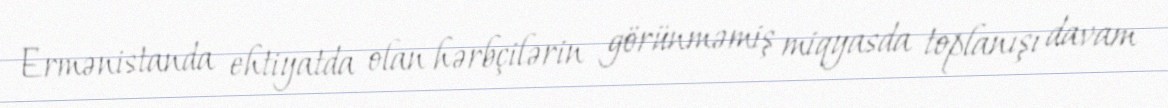
Ermənistanda ehtiyatda olan hərbçilərin görünməmiş miqyasda toplanışı davam